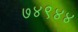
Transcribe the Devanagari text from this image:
७४९४४